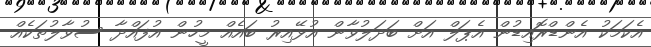
އެކަމަކު އެންޑްރޮއިޑުން އެޕަލް އަށް ބަދަލުވާން އުޅޭއިރު ބައެއް މީހުން އުފައްދާ ސުވާލުތަކެއް